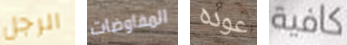
الرجل المفاوضات عوده كافية